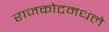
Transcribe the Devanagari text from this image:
राजकोटमधले